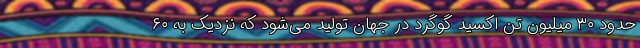
حدود ۳۰ میلیون تن اکسید گوگرد در جهان تولید می‌شود که نزدیک به ۶۰